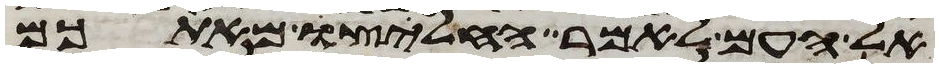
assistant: אל העם לאמר החליצו מאתכם